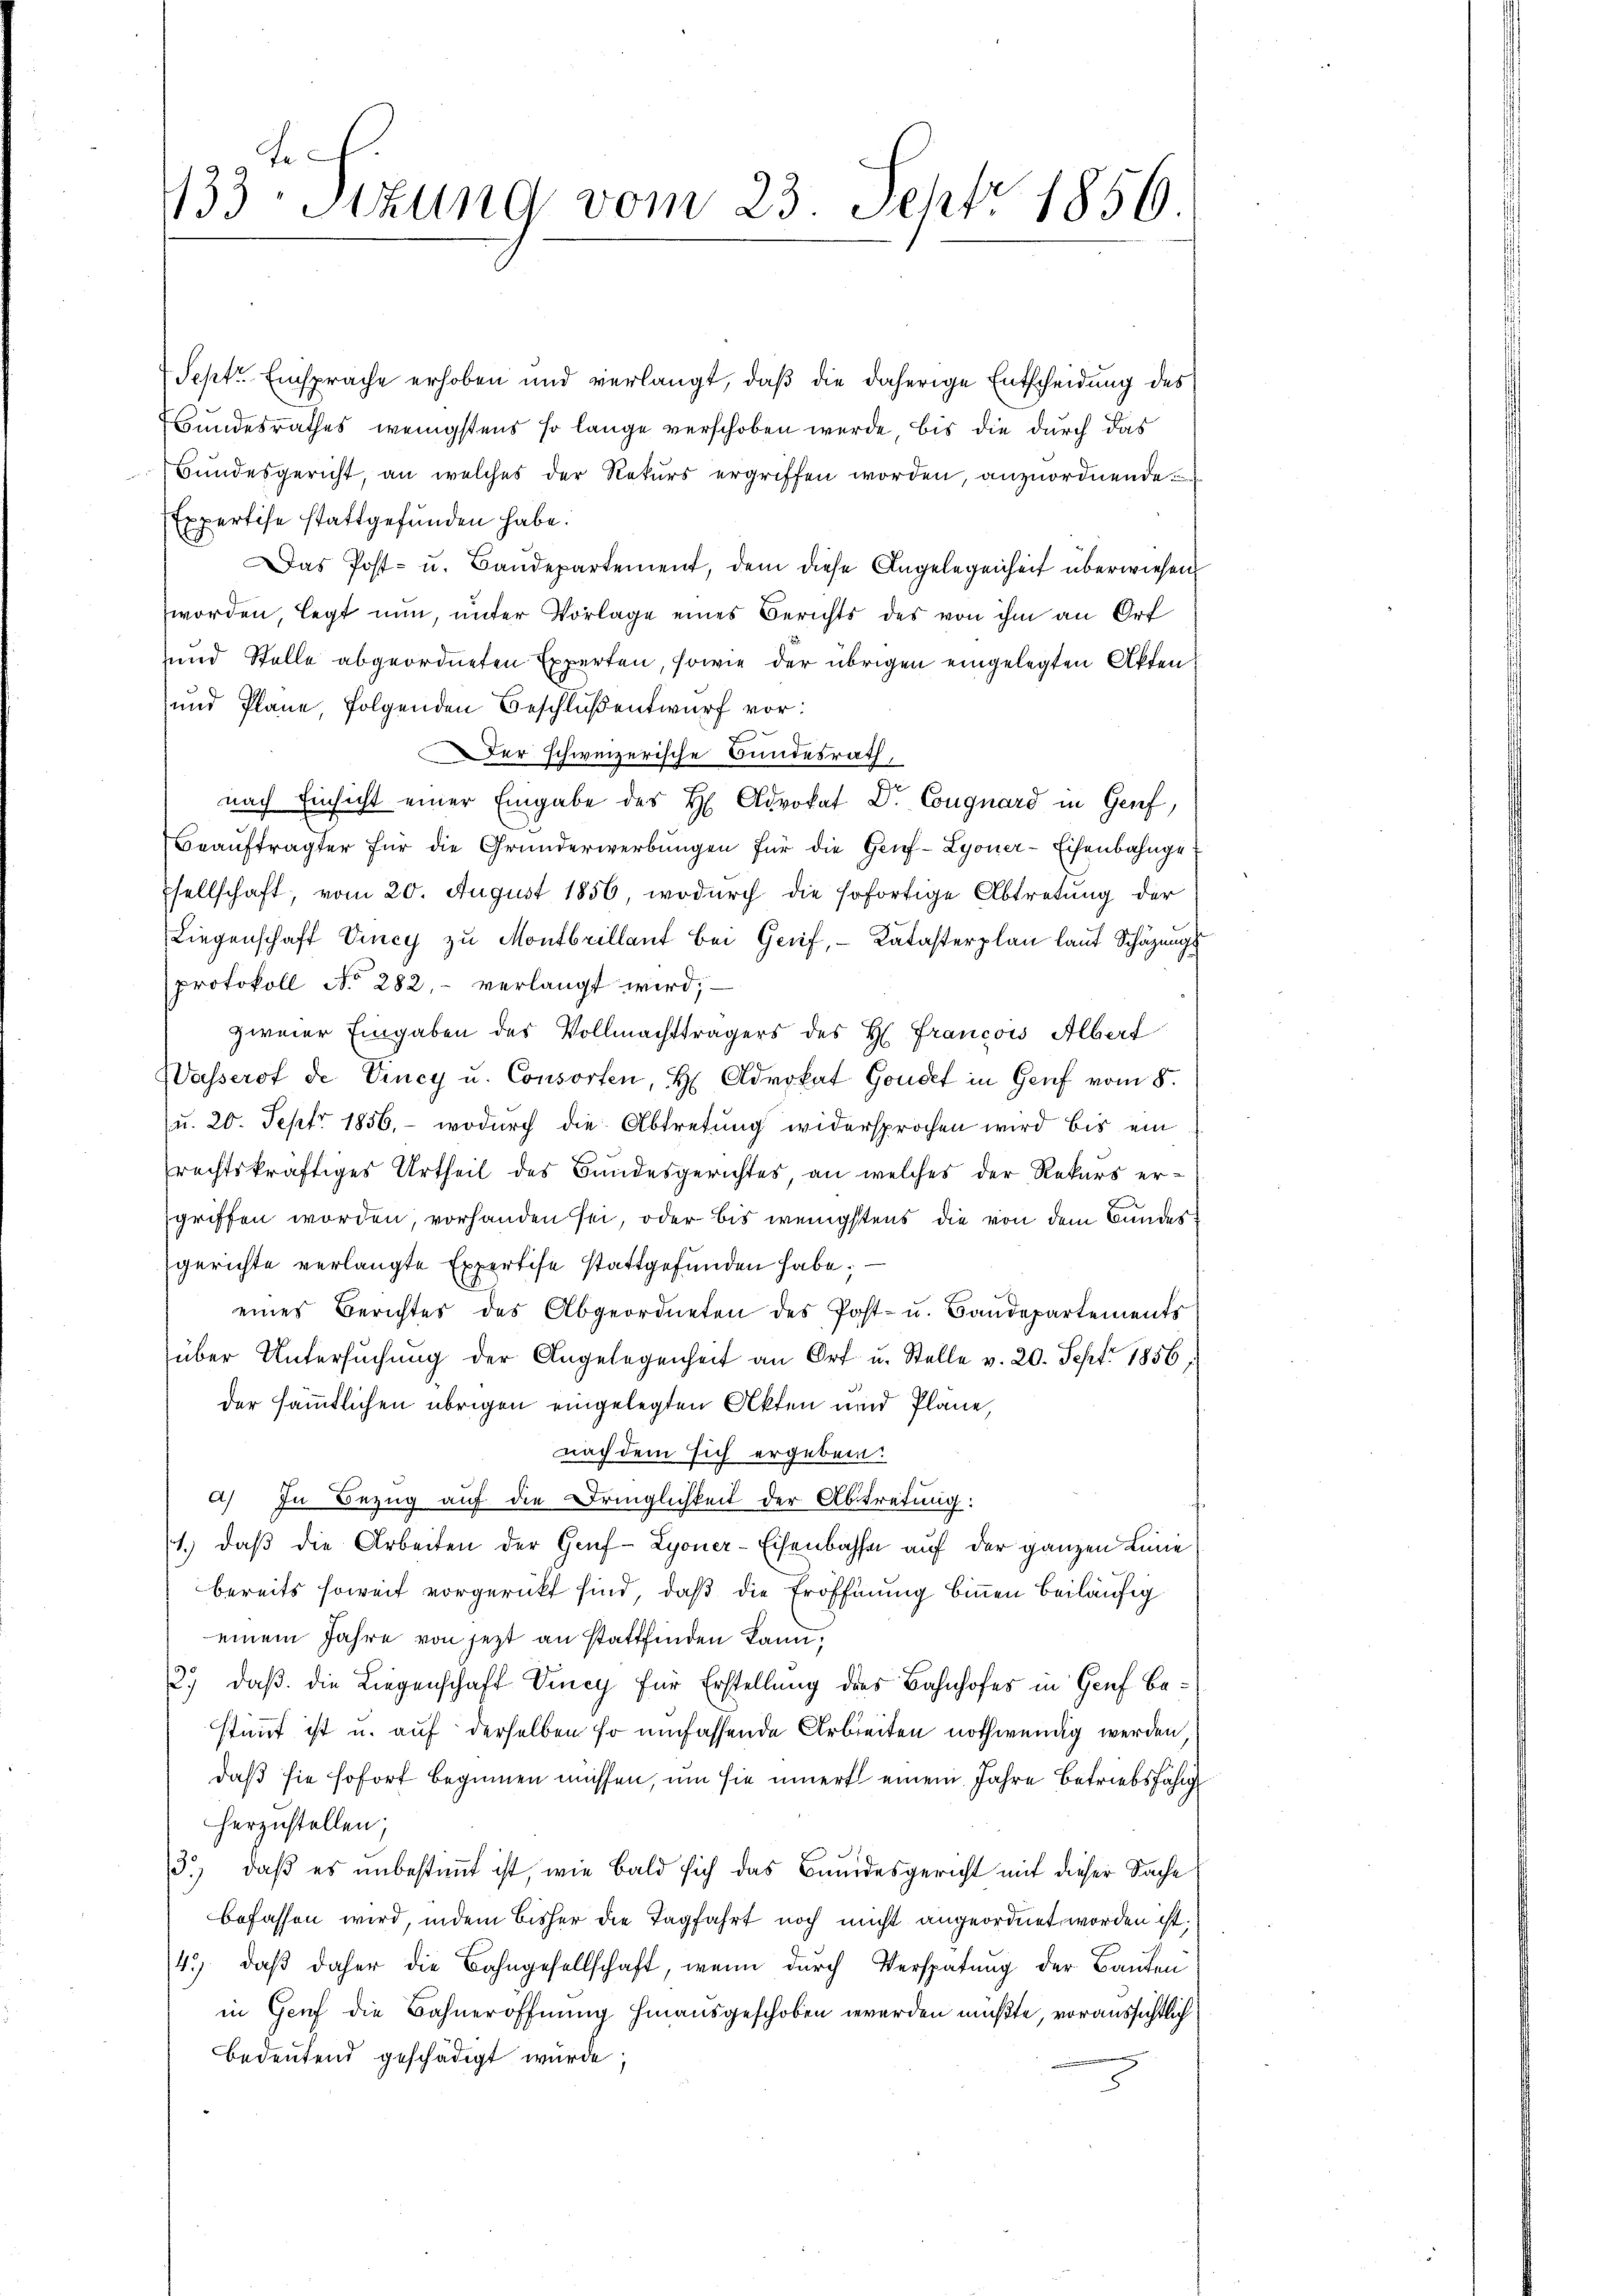
433: Sizung vom 23. Sehtr 1856.

7 Sept. Einsprache erhoben und verlangt, daß die daherige Entscheidung des
Bundesrathes wenigstens so lange verschoben werde bis die durch das
Bundesgericht, an welches der Rekurs ergriffen worden, anzuordnende
Expertise stattgefunden habe.
Das Post- u. Baudepartement, dem diese Angelegenheit überwiesen
worden, legt nun, unter Vorlage eines Berichts des von ihm an Ort
und Stelle abgeordneten Experten, sowie der übrigen eingelegten Akten
und Plane, folgenden Beschluß entwurf vor:
Der schweizerische Bundesrath,
nach Einsicht einer Eingabe des H. Advokat Dr. Congnard in Genf,
Beaŭftragter für die Gründerwerbŭngen für die Genf-Lyoner-Eisenbahngesellschaft, vom 20. August 1856, wodurch die sofortige Abtretung der
Liegenschaft Vincy zu Montbrillant bei Gerif, Katasterplan laut Schäzungs
protokoll No 282, verlangt wird,
zweier Eingaben des Vollmachtträgers des H. Francois Albert
Wasserof de Vincy u. Consorten, H. Advokat Gondet in Genf vom 8.
(u. 20. Sept 1856, wodurch die Abtretung widersprochen wird bis ein
rechtskräftiges Urtheil des Bundesgerichtes, an welches der Rekurs ergriffen worden, vorhanden sei, oder bis wenigstens die von dem Bundesgerichte verlangte Expertise stattgefunden habe;
eines Berichtes des Abgeordneten des Post- u. Bandepartements
über Untersŭchŭng der Angelegenheit an Ort u. Stelle v. 20. Sept. 1856,
der sämmtlichen übrigen eingelegten Akten und Pläne,
nach dem sich ergeben:
a) In Bezug auf die Dringlichkeit der Abtretung:
1.) daß die Arbeiten der Genf- Lyoner-Eisenbahn auf der ganzen Linie
bereits soweit vorgerückt sind, daß die Eröffnung binnen beiläufig
einem Jahre von jezt an stattfinden kann,
2.) daß die Liegenschaft Vincy für Erstellung des Bahnhofes in Genf bestimmt ist u. auf derselben so umfassende Arbeiten nothwendig werden
daß sie sofort beginnen müssen, um sie innert einem Jahre betriebsfähig
herzustellen;
3.) daß es unbestimmt ist, wie Bald sich das Bundesgericht mit dieser Sache
befassen wird, indem bisher die Tagfahrt noch nicht angeordnet worden ist.
/4. daβ daher die Bahngesellschaft, wenn durch Verspätung der Bauten
in Genf die Bahneröffnung hinausgeschoben werden mußte, voraussichtlich
bedeutend geschädigt wurde;